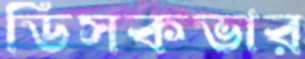
ডিসকভার